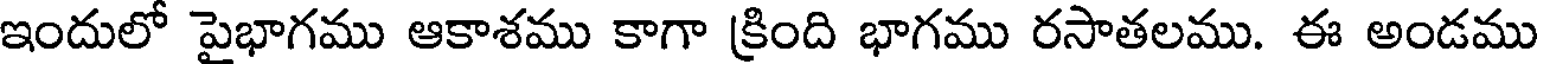
ఇందులో పైభాగము ఆకాశము కాగా క్రింది భాగము రసాతలము. ఈ అండము